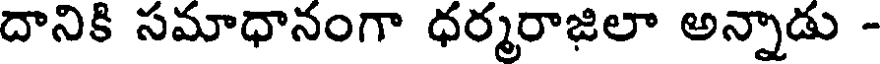
దానికి సమాధానంగా ధర్మరాజిలా అన్నాడు -